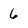
Character: 6